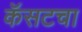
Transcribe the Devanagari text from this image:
कॅसटचा